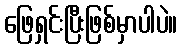
ဖြေရှင်းပြီးဖြစ်မှာပါပဲ။